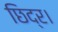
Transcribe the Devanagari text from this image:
छिद्र।